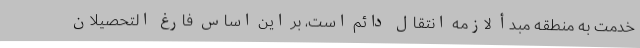
خدمت به منطقه مبدأ لازمه انتقال دائم است، بر این اساس فارغ التحصیلان